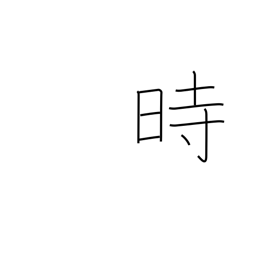
Meaning: hour